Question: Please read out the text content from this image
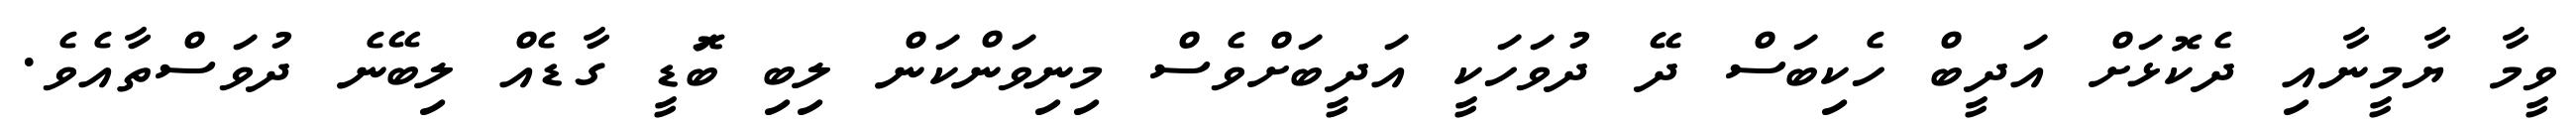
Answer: ވީމާ ޔާމީނާއި ދެކޮޅަށް އަދީބް ހެކިބަސް ދޭ ދުވަހަކީ އަދީބަށްވެސް މިނިވަންކަން ލިބި ބޮަޑީ ގާޑެއް ލިބޭނެ ދުވަސްތާއެވެ.